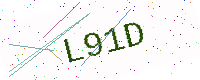
Text: L91D